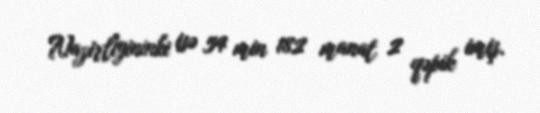
Nazirliyininki isə 54 min 182 manat 2 qəpik imiş.